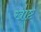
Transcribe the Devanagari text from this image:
खाष्ट